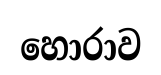
හොරාව